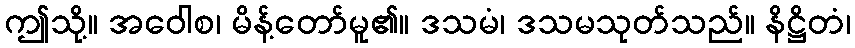
ဤသို့။ အဝေါစ၊ မိန့်တော်မူ၏။ ဒသမံ၊ ဒသမသုတ်သည်။ နိဋ္ဌိတံ၊